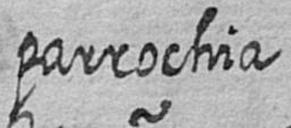
parrochia